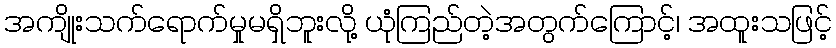
အကျိုးသက်ရောက်မှုမရှိဘူးလို့ ယုံကြည်တဲ့အတွက်ကြောင့်၊ အထူးသဖြင့်